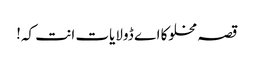
قصہ مخلوکا اے ڈولایات انت کہ!